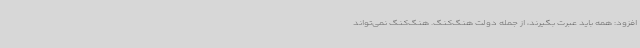
افزود: همه باید عبرت بگیرند، از جمله دولت هنگ‌کنگ. هنگ‌کنگ نمی‌تواند